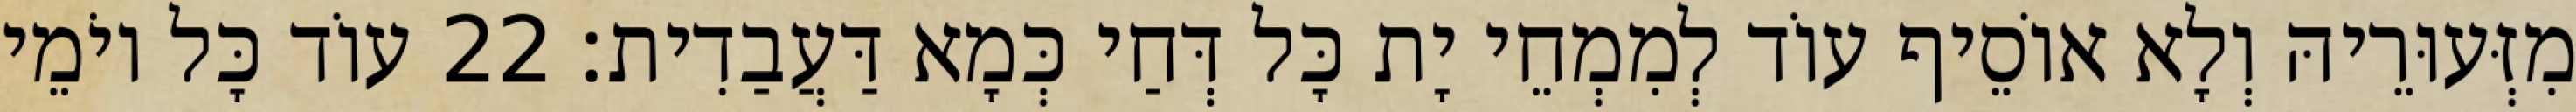
מִזְּעוּרֵיהּ וְלָא אוֹסֵיף עוֹד לְמִמְחֵי יָת כָּל דְּחַי כְּמָא דַּעֲבַדִית׃ 22 עוֹד כָּל יוֹמֵי